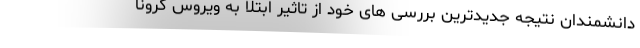
دانشمندان نتیجه جدیدترین بررسی های خود از تاثیر ابتلا به ویروس کرونا